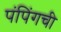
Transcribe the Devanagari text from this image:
पंपिंगची